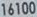
16100